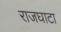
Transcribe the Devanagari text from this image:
राजघाटा